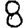
Digit: 8